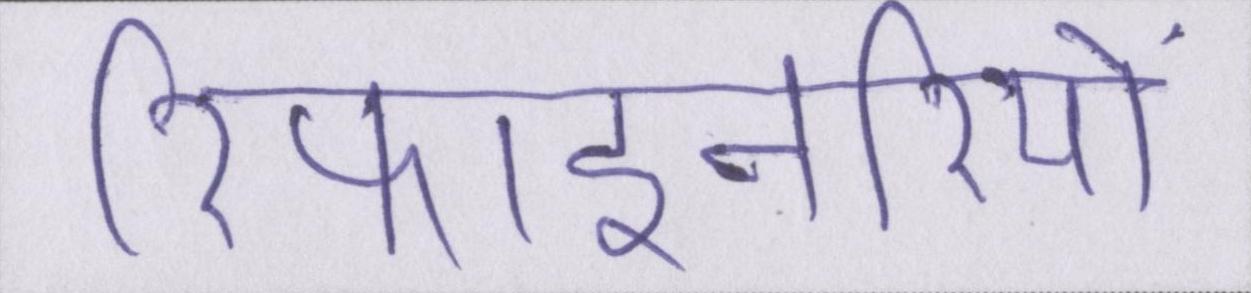
रिफाइनरियों